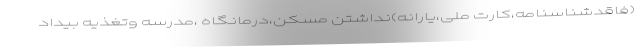
(فاقدشناسنامه،کارت ملی،یارانه)نداشتن مسکن،درمانگاه ،مدرسه وتغذیه بیداد